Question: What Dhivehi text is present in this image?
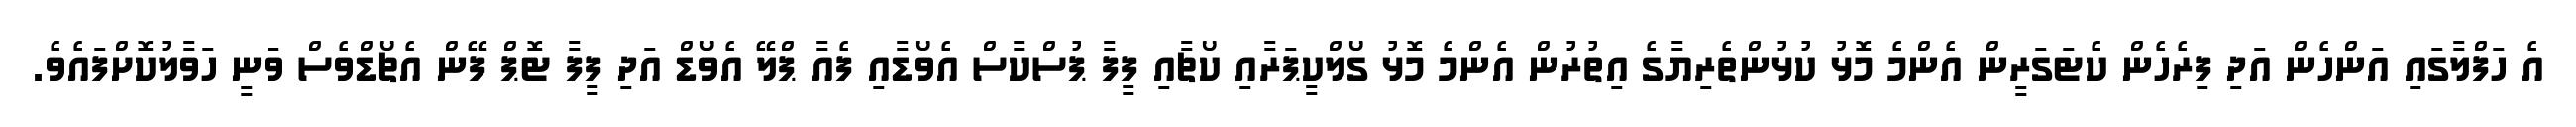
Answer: އެ ހަފްލާގައި އަންހެން އަދި ފިރެހެން ކެޓަގަރީން އެންމެ މޮޅު ކުޅުންތެރިޔާގެ އިތުރުން އެންމެ މޮޅު ގޯލްކީޕަރާއި ކޯޗާއި ފީފާ ޕުސްކާސް އެވޯޑާއި ފެއާ ޕްލޭ އެވޯޑް އަދި ފީފާ ޓޮޕް ފޭން އެޗޯޑްވެސް ވަނީ ހަވާލުކޮށްފައެވެ.